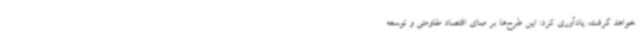
خواهد گرفت، یادآوری کرد: این طرح‌ها بر مبنای اقتصاد مقاومتی و توسعه